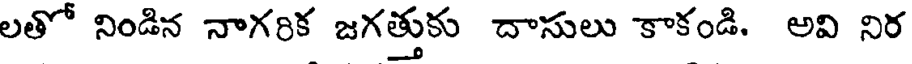
లతో నిండిన నాగరిక జగత్తుకు దాసులు కాకండి. అవి నిర